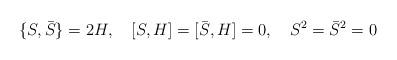
LaTeX: \begin{align*}\{ S,\bar S \} = 2H, \quad [S,H]=[\bar S, H]= 0 , \quad S^2 =\bar S^2 = 0\end{align*}